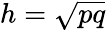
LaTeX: h={\sqrt{pq}}